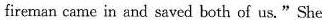
fireman came in and saved both of us."She